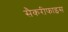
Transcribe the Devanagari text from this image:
सैकरीफाइस